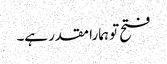
فتح تو ہمارا مقدر ہے۔